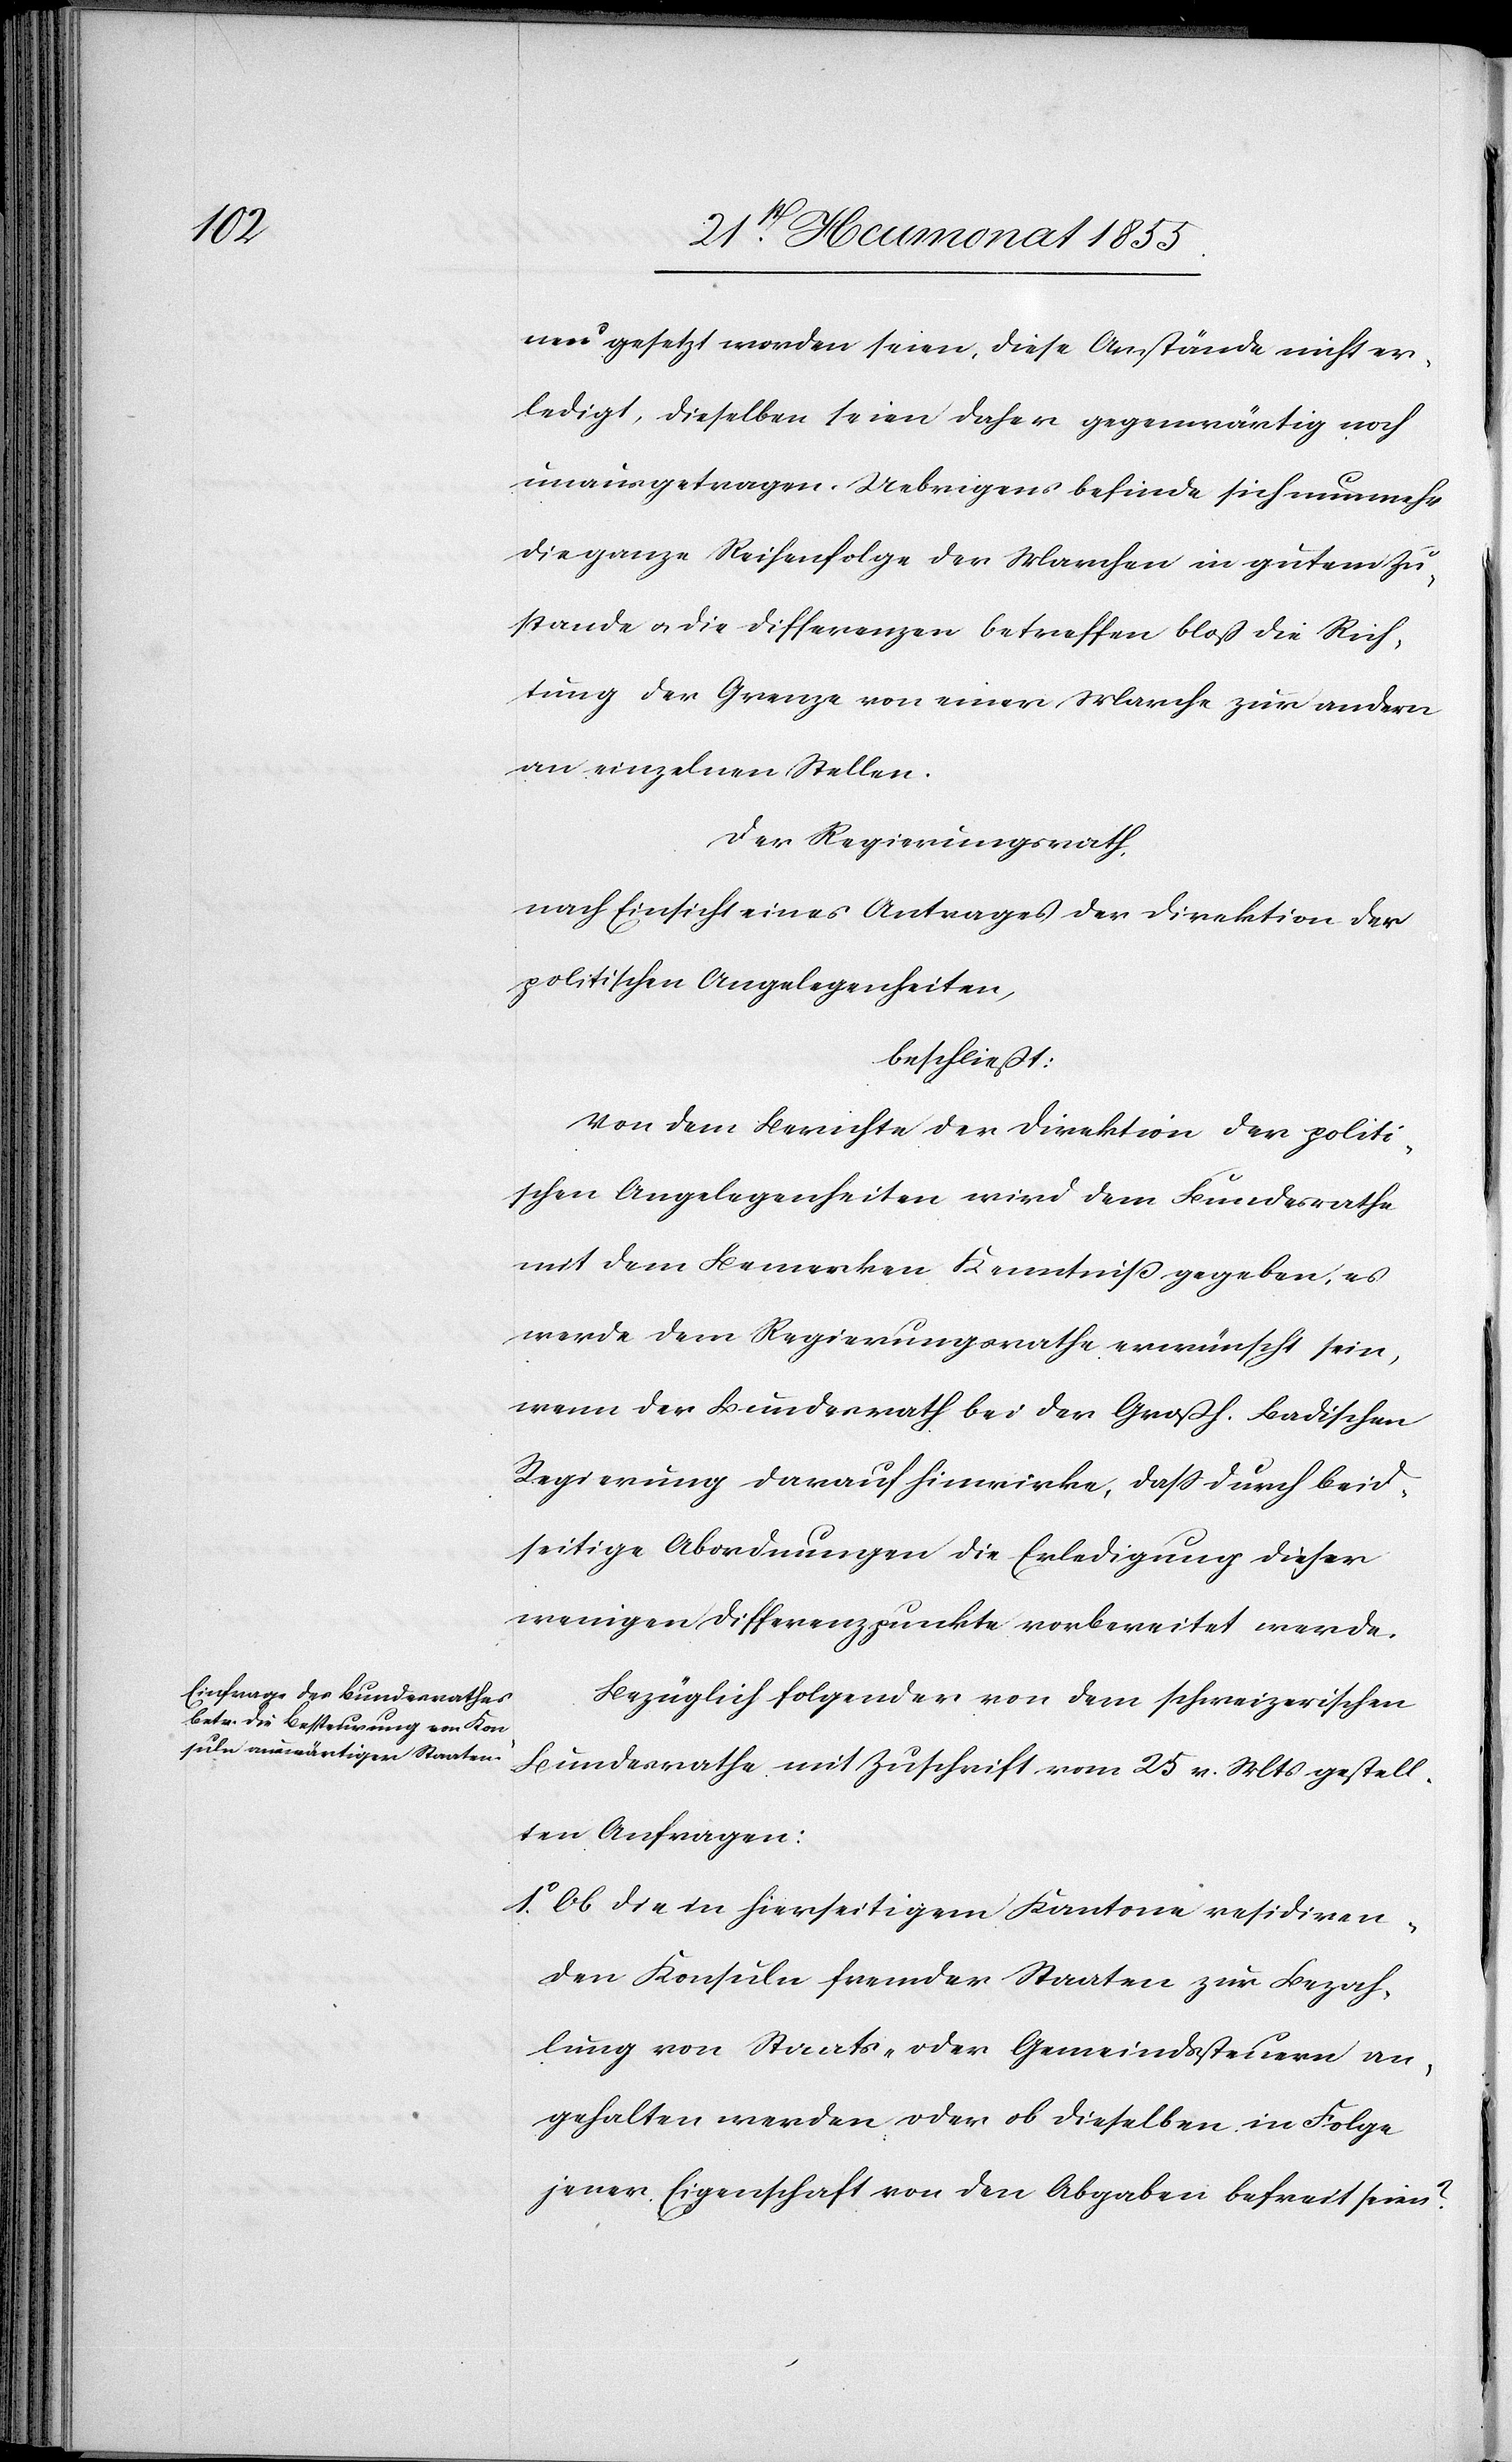
1o.

neu gesetzt worden seien, diese Anstände nicht er¬
ledigt, dieselben seien daher gegenwärtig noch
unausgetragen. Uebrigens befinde sich nunmehr
die ganze Reihenfolge der Marchen in gutem Zu¬
stande & die Differenzen betreffen bloß die Rich¬
tung der Grenze von einer Marche zur andern
an einzelnen Stellen.
Der Regierungsrath,
nach Einsicht eines Antrages der Direktion der
politischen Angelegenheiten,
beschließt:
Von dem Berichte der Direktion der politi¬
schen Angelegenheiten wird dem Bundesrathe
mit dem Bemerken Kenntniß gegeben, es
werde dem Regierungsrathe erwünscht sein,
wenn der Bundesrath bei der Großh. Badischen
Regierung darauf hinwirke, dass durch beid¬
seitige Abordnungen die Erledigung dieser
wenigen Differenzpunkte vorbereitet werde.
Bezüglich folgender von dem schweizerischen
Bundesrathe mit Zuschrift vom 25 v. Mts gestell¬
ten Anfragen:
Ob die in hierseitigem Kantone residiren¬
den Konsuln fremder Staaten zur Bezah¬
lung von Staats- oder Gemeindssteuern an¬
gehalten werden oder ob dieselben in Folge
jener Eigenschaft von den Abgaben befreit seien?